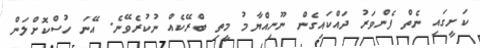
ކަށީގައި ނެތް ފެންވަރު ދައްކައިގެން ނޫނިއްޔާމު މީތި ބްރޭކެއް ނުކުރެވޭނެ. އޭނަ ހުސްކޮށްލަން